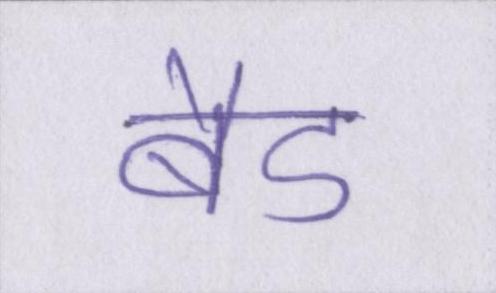
बैड